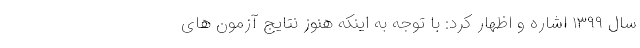
سال ۱۳۹۹ اشاره و اظهار کرد: با توجه به اینکه هنوز نتایج آزمون های